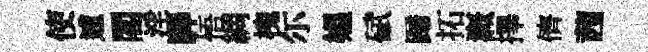
使逋閣淫驛悟綢槐尓媪碔蹄拓溉擇儕茜